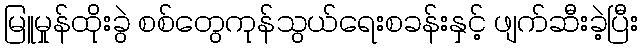
မြူမှုန်ထိုးခွဲ စစ်တွေကုန်သွယ်ရေးစခန်းနှင့် ဖျက်ဆီးခဲ့ပြီး